Vaccine operations Central Provinces 1886-1899 - 1886-1899
Year: 1886
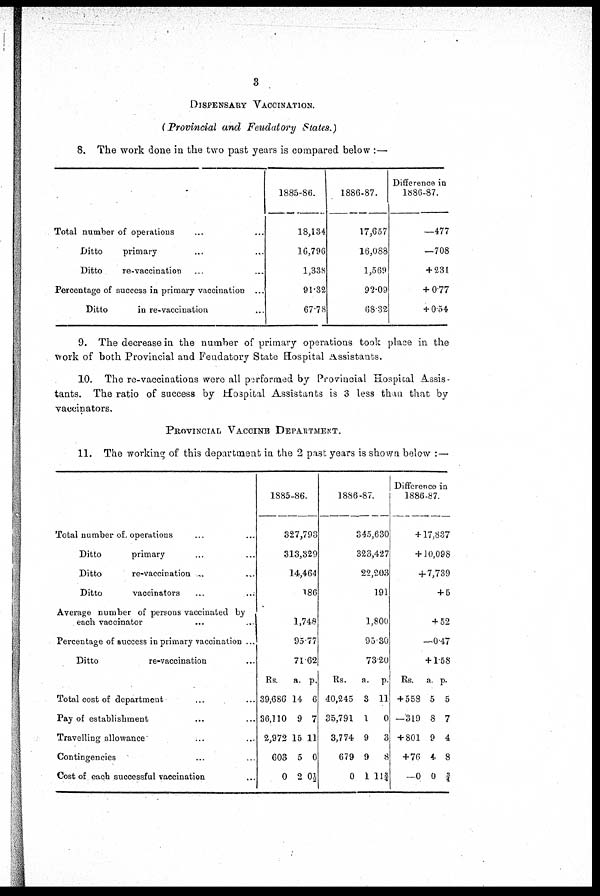
3
DISPENSARY VACCINATION.
(Provincial and Feudatory States.)
8. The work done in the two past years is compared below :—
Total number of operations ... ...
Ditto
primary ... ...
Ditto
re-vaccination ... ...
Percentage of success in primary vaccination ...
Ditto
in re-vaccination ... ...
1885-86.
18,134
16,796
1,338
91.32
67.78
1886-87.
17,657
16,088
1,569
92.09
68.32
Difference in
1886-87.
—477
—708
+ 231
+ 0.77
+ 0.54
9. The decrease in the number of primary operations took place in the
work of both Provincial and Feudatory State Hospital Assistants.
10. The re-vaccinations were all performed by Provincial Hospital Assis-
tants. The ratio of success by Hospital Assistants is 3 less than that by
vaccinators.
PROVINCIAL VACCINE DEPARTMENT.
11. The working of this department in the 2 past years is shown below : —
Total number of. operations ... ...
Ditto
primary ... ...
Ditto
re-vaccination ... ...
Ditto
vaccinators ... ...
Average number of persons vaccinated by
each vaccinator ... ... ...
Percentage of success in primary vaccination ...
Ditto
re-vaccination ...
Total cost of department ... ...
Pay of establishment ... ...
Travelling allowance ... ...
Contingencies ... ...
Cost of each successful vaccination ...
1885-86.
327,793
313,329
14,464
186
1,748
95.77
71.62
Rs.
39,686
36,110
2,972
603
0
a.
14
9
15
5
2
p.
6
7
11
0
0½
1886-87.
345,630
323,427
22,203
191
1,800
95.30
73.20
Rs.
40,245
35,791
3,774
679
0
a.
3
1
9
9
1
p.
11
0
3
8
11¾
Difference in
1886-87.
+ 17,837
+ 10,098
+ 7,739
+ 5
+ 52
—0.47
+ 1.58
Rs.
+ 558
—319
+ 801
+76
—0
a.
5
8
9
4
0
p.
5
7
4
8
¾